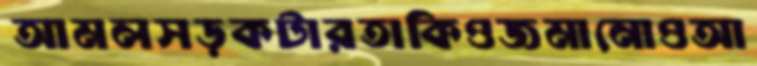
আমলসড়কটারতাকিওজমানোওআ